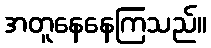
အတူနေနေကြသည်။